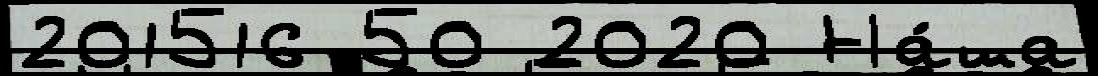
201516 50 2020 На́ша